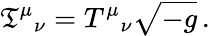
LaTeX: {\mathfrak{T}}^{\mu}{}_{\nu}=T^{\mu}{}_{\nu}{\sqrt{-g}}\, .